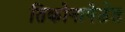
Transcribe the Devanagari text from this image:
तिकोनापेठेत